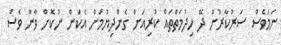
ނަމަވެސް ސަރުކާރުން ދޭ ހިދުމަތްތައް ކުރިއަށް ގެންދިޔުމަށް އެކަން ނުކޮށް ވާން ވެސް